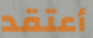
أعتقد